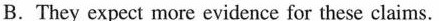
B. They expect more evidence for these claims.